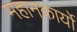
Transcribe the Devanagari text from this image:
महानकार्यो